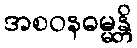
အစဝနဓမ္မန္တိ